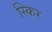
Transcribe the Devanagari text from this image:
स्किर